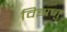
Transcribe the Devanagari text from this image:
विझणु